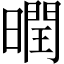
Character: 𣋆